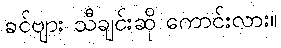
ခင်ဗျား သီချင်းဆို ကောင်းလား။